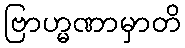
ဗြာဟ္မဏာမှာတိ